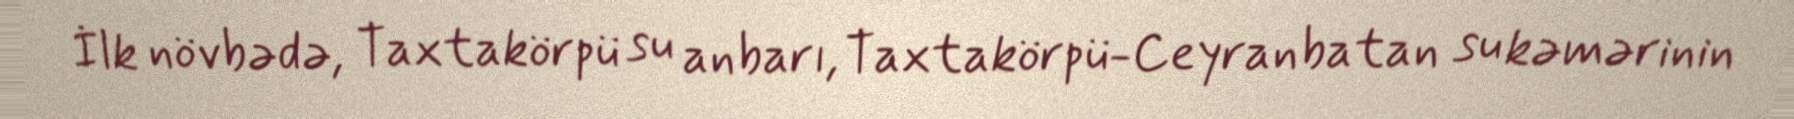
İlk növbədə, Taxtakörpü su anbarı, Taxtakörpü-Ceyranbatan su kəmərinin